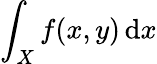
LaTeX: \int_{X}f(x,y)\, {\mathrm{d}}x